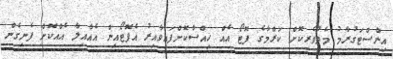
އިންސްޓަގުރާމު މެދުވެރިކޮށް ކަރްމާގެ ފޮޓޯ އެއް ހިއްސާކޮށްފައިވާއިރު އެފޮޓޯއިން އެއާއިލާ އެއްކޮށް ފެނިގެން